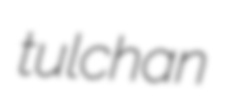
tulchan